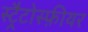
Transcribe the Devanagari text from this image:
स्ट्रैटोस्फ़ीयर